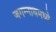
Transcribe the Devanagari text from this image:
जगन्‍नाथमध्ये